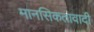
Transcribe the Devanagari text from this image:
मानसिकतावादी